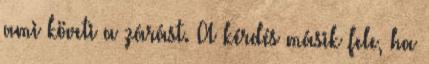
ami követi a zárást. A kérdés másik fele, ha